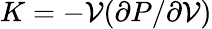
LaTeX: K=-\mathcal{V}({\partial P}/{\partial\mathcal{V}})